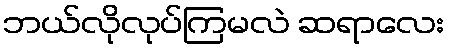
ဘယ်လိုလုပ်ကြမလဲ ဆရာလေး